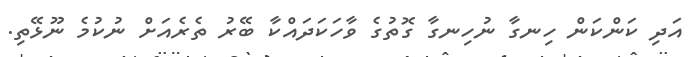
އަދި ކަންކަން ހިނގާ ނުހިނގާ ގޮތުގެ ވާހަކަދައްކާ ބޭރު ތެރެއަށް ނުކުމެ ނޫޅޭތި.